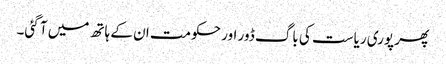
پھر پوری ریاست کی باگ ڈور اور حکومت ان کے ہاتھ میں آ گئی۔